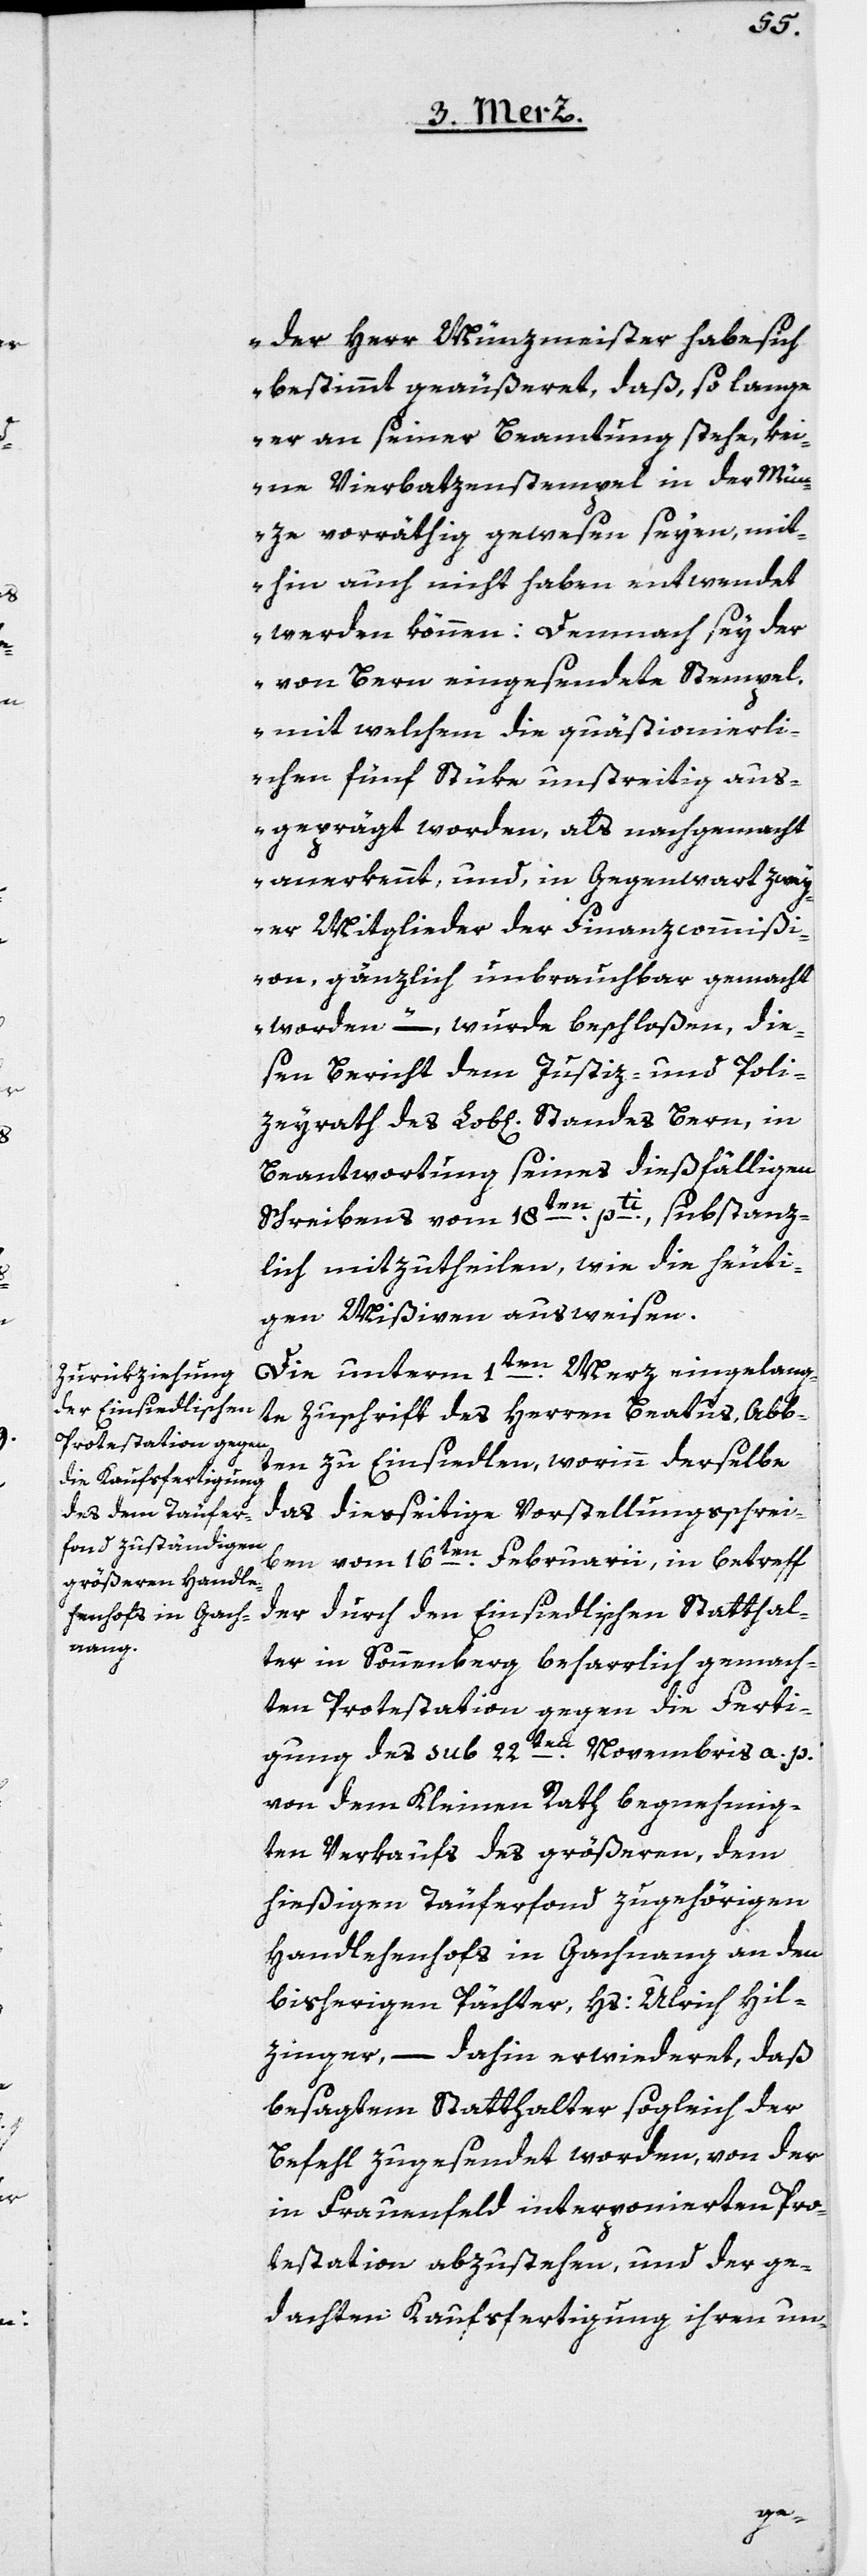
„der Herr Münzmeister habe sich
bestimmt geäußert, daß, so lange
er an seiner Beamtung stehe, kei¬
ne Vierbatzenstempel in der Mün¬
ze vorräthig gewesen seyen, mit¬
hin auch nicht haben entwendet
werden können: Demnach sey der
von Bern eingesendete Stempel,
mit welchem die quästionierli¬
chen fünf Stüke unstreitig aus¬
geprägt worden, als nachgemacht
anerkennt, und, in Gegenwart zwey¬
er Mitglieder der Finanzcommißi¬
on, gänzlich unbrauchbar gemacht
worden,“ – wurde beschloßen, die¬
sen Bericht dem Justiz- und Poli¬
zeiyrath des Lob[lichen]. Standes Bern, in
Beantwortung seines dießfälligen
Schreibens vom 18ten pti, substanz¬
lich mitzutheilen, wie die heuti¬
gen Mißiven ausweisen.
Die unterm 1ten Merz eingelang¬
te Zuschrift des Herren Beatus, Ab¬
ten zu Einsiedlen, worinn derselbe
das diesseitige Vorstellungsschrei¬
ben vom 16ten Februarii, in Betreff
der durch den Einsiedlischen Statthal¬
ter in Sonnenberg beharrlich gemach¬
ten Protestation gegen die Ferti¬
gung des sub 22ten Novembris a. p.
von dem Kleinen Rath begnehmig¬
ten Verkaufs des größeren, dem
hießigen Täuferfonds zugehörigen
Handlehenhofs in Gachnang an den
bisherigen Pächter, Hs. Ulrich Hil¬
zinger, – dahin erwideret, daß
besagtem Statthalter sogleich der
Befehl zugesendet worden, von der
in Frauenfeld interponierten Pro¬
testation abzustehen, und der ge¬
dachten Kaufsfertigung ihren un-